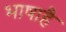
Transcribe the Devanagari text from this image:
भाषाहै